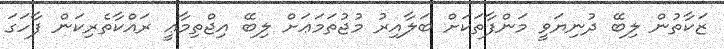
ޒަކާތުން ލިބޭ ދުނިޔަވީ މަންފާތަކަށް ބަލާއިރު މުޖުތަމަޢަށް ލިބޭ އިޖްތިމާޢީ ރައްކާތެރިކަން ފާހަގަ